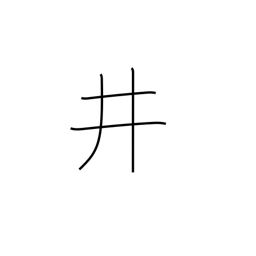
Meaning: well crib